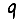
Digit: 9